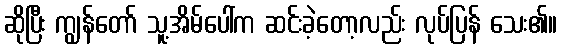
ဆိုပြီး ကျွန်တော် သူ့အိမ်ပေါ်က ဆင်းခဲ့တော့လည်း လုပ်ပြန် သေး၏။